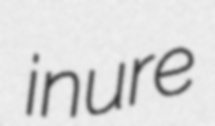
inure